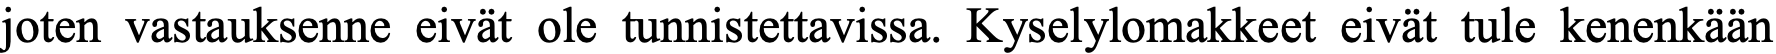
joten vastauksenne eivät ole tunnistettavissa. Kyselylomakkeet eivät tule kenenkään